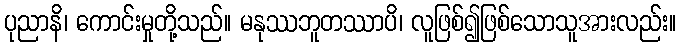
ပုညာနိ၊ ကောင်းမှုတို့သည်။ မနုဿဘူတဿာပိ၊ လူဖြစ်၍ဖြစ်သောသူအားလည်း။